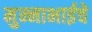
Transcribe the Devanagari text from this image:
मुन्नाभाईचे